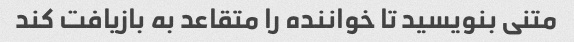
متنی بنویسید تا خواننده را متقاعد به بازیافت کند